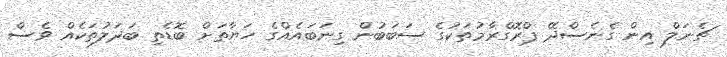
ޗެނަލް އިން ގެނެސްދޭ ޕްރޮގްރާމުތަކުގެ ސަބަބުން ގިނަބައެއްގެ ހަޔާތަށް ބޮޑެތި ބަދަލުތަކެއް ވެސް